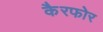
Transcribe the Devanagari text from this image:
कैरफोर